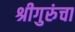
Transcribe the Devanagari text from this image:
श्रीगुरुंचा